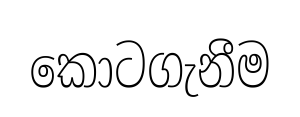
කොටගැනීම